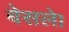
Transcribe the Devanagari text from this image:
बेसले।